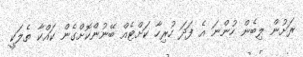
ރަށުން ލިބެން ހުންނަ އެ ފަދަ ހުރިހާ ކަށްޓެއް ބޭނުންކޮށްގެން ކައްކާ ތެލަކީ